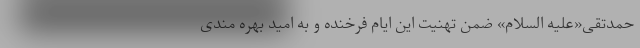
حمدتقی«علیه السلام» ضمن تهنیت این ایام فرخنده و به امید بهره مندی